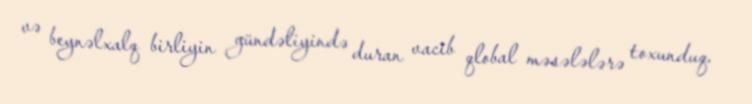
və beynəlxalq birliyin gündəliyində duran vacib qlobal məsələlərə toxunduq.